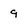
Character: 9